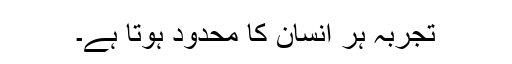
تجربہ ہر انسان کا محدود ہوتا ہے۔